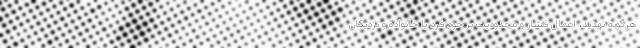
هرگونه تهدید، اعمال فشار و محدودیت بر خود فرد یا خانواده و نزدیکان